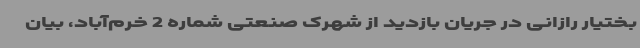
بختیار رازانی در جریان بازدید از شهرک صنعتی شماره 2 خرم‌آباد، بیان